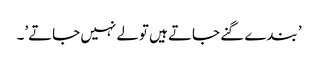
’ بندے گنے جاتے ہیں تولے نہیں جاتے’۔